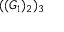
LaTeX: ( ( G _ { 1 } ) _ { 2 } ) _ { 3 }